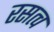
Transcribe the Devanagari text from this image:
रसत्व